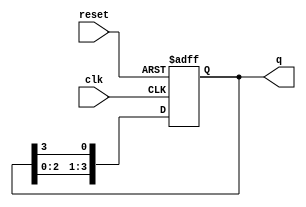
module johnson_counter (
  input clk,
  input reset,
  output reg[3:0] q
);

always @(posedge clk or posedge reset) begin
  if (reset) begin
    q <= 4'b0001; // Initial state
  end else begin
    q <= {q[2:0], q[3]}; // Shift right
  end
end

endmodule